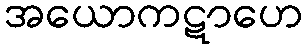
အယောကဋာဟေ